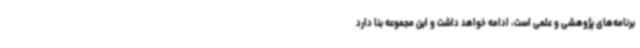
برنامه‌های پژوهشی و علمی است، ادامه خواهد داشت و این مجموعه بنا دارد